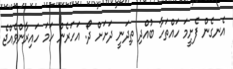
އެނގެން ފެށީމަ ހައްތަހާ ބުއްދި ތިދަނީ ދަށަށް ދޯ. އަހަރެން ހަމަ ހައިރާންވެއްޖެ